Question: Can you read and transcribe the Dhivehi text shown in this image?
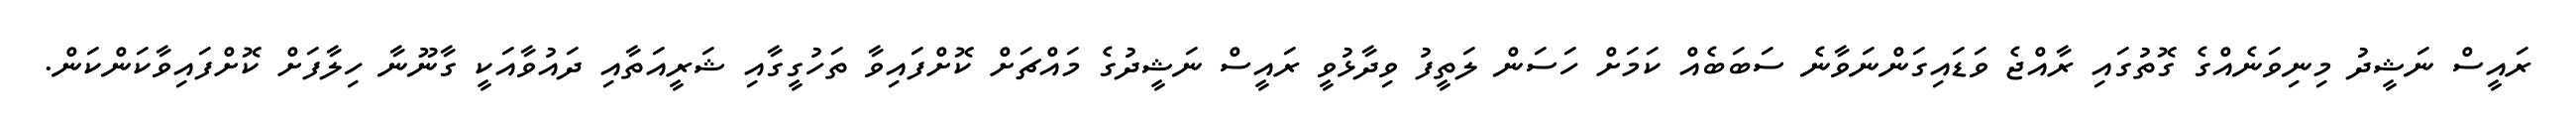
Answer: ރައީސް ނަޝީދު މިނިވަނެއްގެ ގޮތުގައި ރާއްޖެ ވަޑައިގަންނަވާނެ ސަބަބެއް ކަމަށް ހަސަން ލަތީފު ވިދާޅުވީ ރައީސް ނަޝީދުގެ މައްޗަށް ކޮށްފައިވާ ތަހުގީގާއި ޝަރީއަތާއި ދައުވާއަކީ ގާނޫނާ ހިލާފަށް ކޮށްފައިވާކަންކަން.